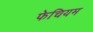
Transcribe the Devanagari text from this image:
फेचियम